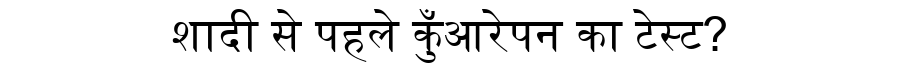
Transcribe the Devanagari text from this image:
शादी से पहले कुँआरेपन का टेस्ट?